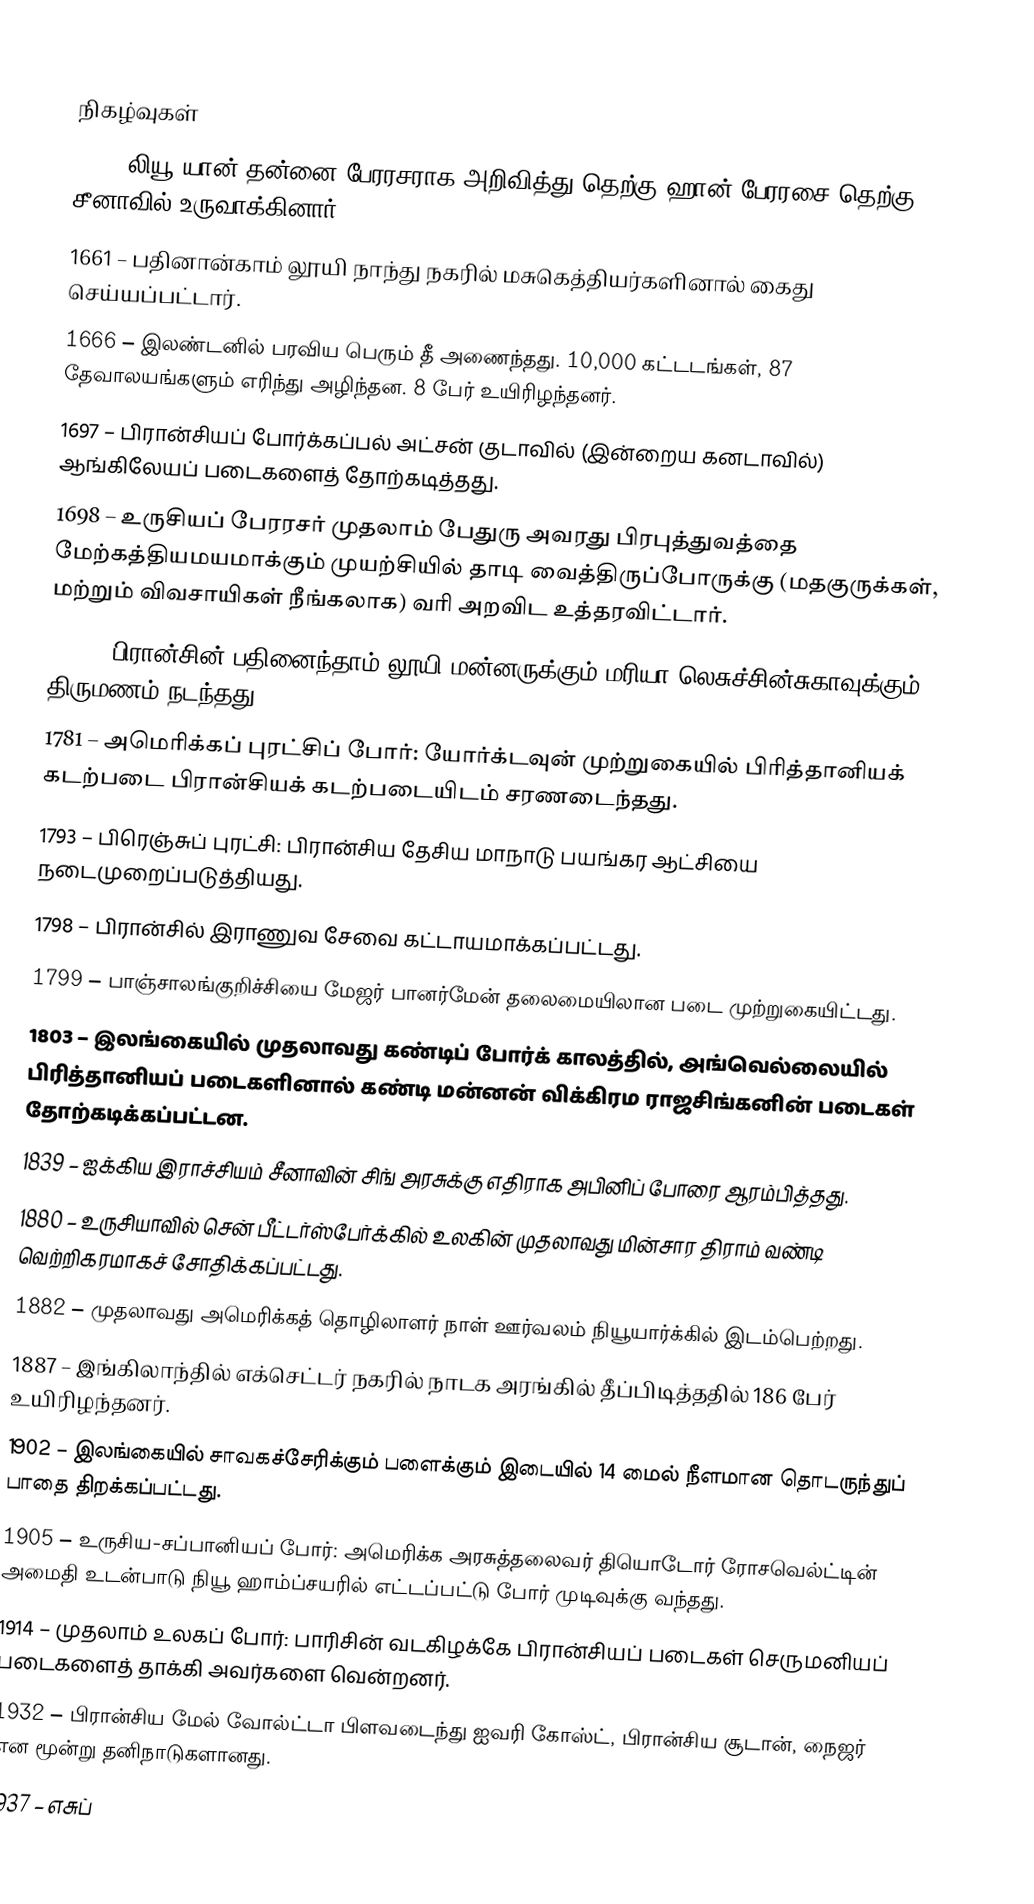

நிகழ்வுகள்
917 – லியூ யான் தன்னை பேரரசராக அறிவித்து தெற்கு ஹான் பேரரசை தெற்கு சீனாவில் உருவாக்கினார்.
1661 – பதினான்காம் லூயி நாந்து நகரில் மசுகெத்தியர்களினால் கைது செய்யப்பட்டார்.
1666 – இலண்டனில் பரவிய பெரும் தீ அணைந்தது. 10,000 கட்டடங்கள், 87 தேவாலயங்களும் எரிந்து அழிந்தன. 8 பேர் உயிரிழந்தனர்.
1697 – பிரான்சியப் போர்க்கப்பல் அட்சன் குடாவில் (இன்றைய கனடாவில்) ஆங்கிலேயப் படைகளைத் தோற்கடித்தது.
1698 – உருசியப் பேரரசர் முதலாம் பேதுரு அவரது பிரபுத்துவத்தை மேற்கத்தியமயமாக்கும் முயற்சியில் தாடி வைத்திருப்போருக்கு (மதகுருக்கள், மற்றும் விவசாயிகள் நீங்கலாக) வரி அறவிட உத்தரவிட்டார்.
1725 – பிரான்சின் பதினைந்தாம் லூயி மன்னருக்கும் மரியா லெசுச்சின்சுகாவுக்கும் திருமணம் நடந்தது.
1781 – அமெரிக்கப் புரட்சிப் போர்: யோர்க்டவுன் முற்றுகையில் பிரித்தானியக் கடற்படை பிரான்சியக் கடற்படையிடம் சரணடைந்தது.
1793 – பிரெஞ்சுப் புரட்சி: பிரான்சிய தேசிய மாநாடு பயங்கர ஆட்சியை நடைமுறைப்படுத்தியது.
1798 – பிரான்சில் இராணுவ சேவை கட்டாயமாக்கப்பட்டது.
1799 – பாஞ்சாலங்குறிச்சியை மேஜர் பானர்மேன் தலைமையிலான படை முற்றுகையிட்டது.
1803 – இலங்கையில் முதலாவது கண்டிப் போர்க் காலத்தில், அங்வெல்லையில் பிரித்தானியப் படைகளினால் கண்டி மன்னன் விக்கிரம ராஜசிங்கனின் படைகள் தோற்கடிக்கப்பட்டன.
1839 – ஐக்கிய இராச்சியம் சீனாவின் சிங் அரசுக்கு எதிராக அபினிப் போரை ஆரம்பித்தது.
1880 – உருசியாவில் சென் பீட்டர்ஸ்பேர்க்கில் உலகின் முதலாவது மின்சார திராம் வண்டி வெற்றிகரமாகச் சோதிக்கப்பட்டது.
1882 – முதலாவது அமெரிக்கத் தொழிலாளர் நாள் ஊர்வலம் நியூயார்க்கில் இடம்பெற்றது.
1887 – இங்கிலாந்தில் எக்செட்டர் நகரில் நாடக அரங்கில் தீப்பிடித்ததில் 186 பேர் உயிரிழந்தனர்.
1902 – இலங்கையில் சாவகச்சேரிக்கும் பளைக்கும் இடையில் 14 மைல் நீளமான தொடருந்துப் பாதை திறக்கப்பட்டது.
1905 – உருசிய-சப்பானியப் போர்: அமெரிக்க அரசுத்தலைவர் தியொடோர் ரோசவெல்ட்டின் அமைதி உடன்பாடு நியூ ஹாம்ப்சயரில் எட்டப்பட்டு போர் முடிவுக்கு வந்தது.
1914 – முதலாம் உலகப் போர்: பாரிசின் வடகிழக்கே பிரான்சியப் படைகள் செருமனியப் படைகளைத் தாக்கி அவர்களை வென்றனர்.
1932 – பிரான்சிய மேல் வோல்ட்டா பிளவடைந்து ஐவரி கோஸ்ட், பிரான்சிய சூடான், நைஜர் என மூன்று தனிநாடுகளானது.
1937 – எசுப்